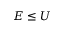
E \leq U